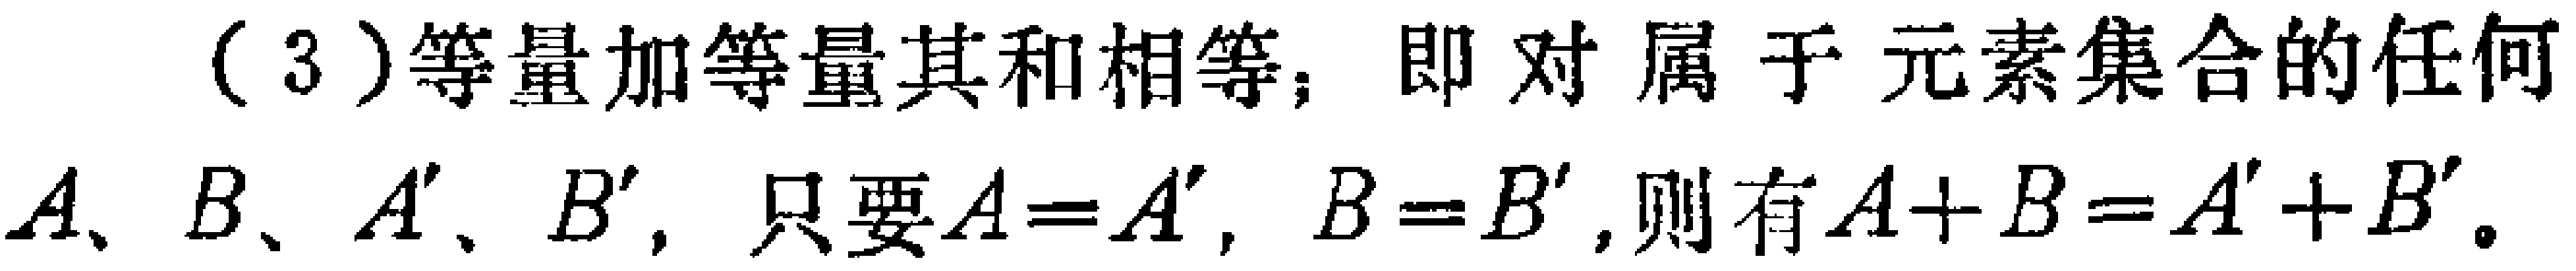
(3)等量加等量其和相等，即对属于元素集合的任何$A、B、A'、B'$，只要$A = A'$，$B = B'$，则有$A + B = A' + B'$。